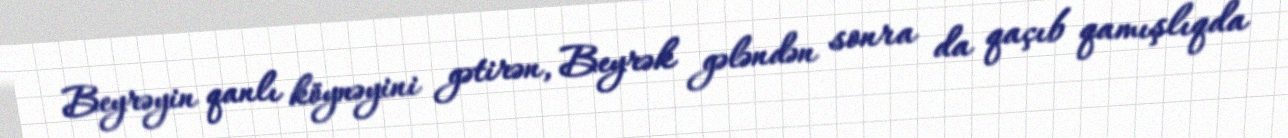
Beyrəyin qanlı köynəyini gətirən, Beyrək gələndən sonra da qaçıb qamışlıqda